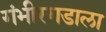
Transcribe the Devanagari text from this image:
गंभीरगडाला